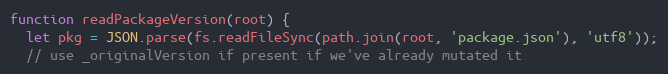
Language: JavaScript
function readPackageVersion(root) {
  let pkg = JSON.parse(fs.readFileSync(path.join(root, 'package.json'), 'utf8'));
  // use _originalVersion if present if we've already mutated it